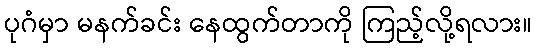
ပုဂံမှာ မနက်ခင်း နေထွက်တာကို ကြည့်လို့ရလား။